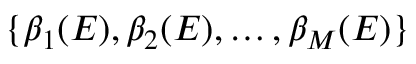
\{ \beta _ { 1 } ( E ) , \beta _ { 2 } ( E ) , \dots , \beta _ { M } ( E ) \}